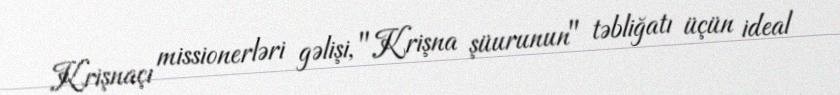
Krişnaçı missionerləri gəlişi, "Krişna şüurunun" təbliğatı üçün ideal